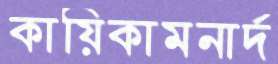
কায়িকামনার্দ